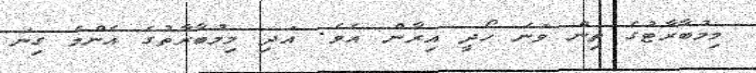
މިމުބާރާޓުގެ ތިން ވަނަ ހޯދީ އިރާން އެވެ. އަދި މިމުބާރާތުގެ އެންމެ ގިނަ